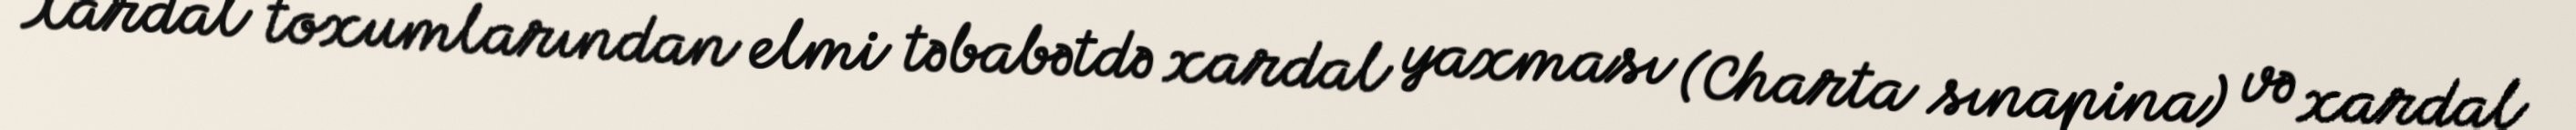
Xardal toxumlarından elmi təbabətdə xardal yaxması (Charta sınapina) və xardal